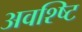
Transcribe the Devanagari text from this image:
अवश्ष्टि